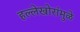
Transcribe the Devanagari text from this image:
हल्लेखोरांमुळे